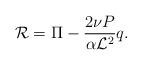
LaTeX: \begin{align*}{\cal R} = \Pi - \frac{2 \nu P}{ \alpha {\cal L}^2 } q. \end{align*}